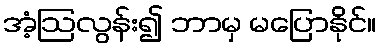
အံ့ဩလွန်း၍ ဘာမှ မပြောနိုင်။